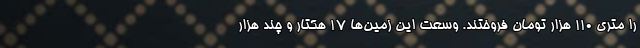
را متری ۱۱۰ هزار تومان فروختند. وسعت این زمین‌ها ۱۷ هکتار و چند هزار